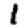
Digit: 1